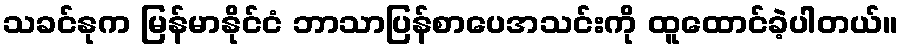
သခင်နုက မြန်မာနိုင်ငံ ဘာသာပြန်စာပေအသင်းကို ထူထောင်ခဲ့ပါတယ်။